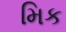
મિક